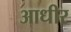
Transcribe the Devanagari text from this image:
आधीर